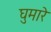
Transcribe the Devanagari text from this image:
घुमारे